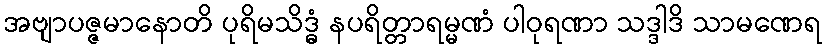
အဗျာပဇ္ဇမာနောတိ ပုရိမသိဒ္ဓံ နပရိတ္တာရမ္မဏံ ပါဝုရဏာ သဒ္ဒါဒိ သာမဏေရ